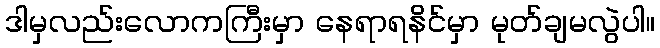
ဒါမှလည်းလောကကြီးမှာ နေရာရနိင်မှာ မုတ်ချမလွဲပါ။